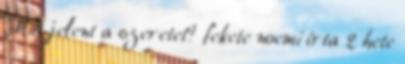
Mit jelent a szeretet? fekete noemi írta 2 hete